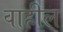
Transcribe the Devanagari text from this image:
वाहील